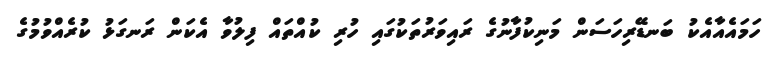
ހަމައެއާއެކު ބަނޑޭރިހަސަން މަނިކުފާނުގެ ރައިވަރުތަކުގައި ހުރި ކުއްތައް ފިލުވާ އެކަން ރަނގަޅު ކުރެއްވުމުގެ